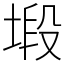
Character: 塅